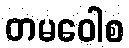
တမဝေါစ